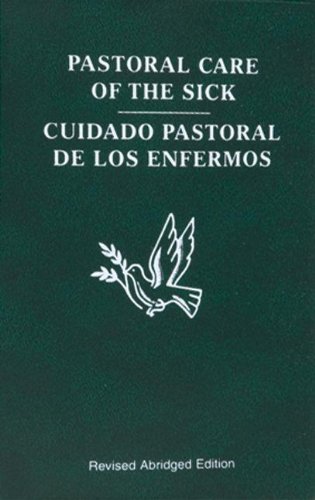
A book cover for Pastoral Care of the Sick (Bilingual Edition); Usccb; Christian Books & Bibles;